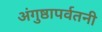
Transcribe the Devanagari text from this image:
अंगुष्ठापर्वतनी